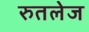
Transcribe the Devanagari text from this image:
रुतलेज